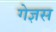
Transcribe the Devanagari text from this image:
गेज्ञस